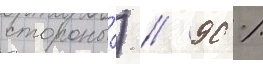
стороны́) // 90 %